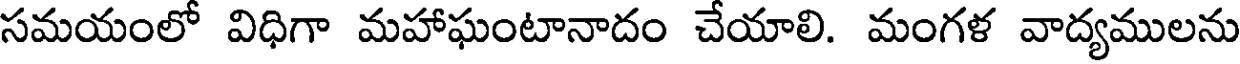
సమయంలో విధిగా మహాఘంటానాదం చేయాలి. మంగళ వాద్యములను